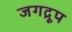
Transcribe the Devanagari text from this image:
जगद्रूप